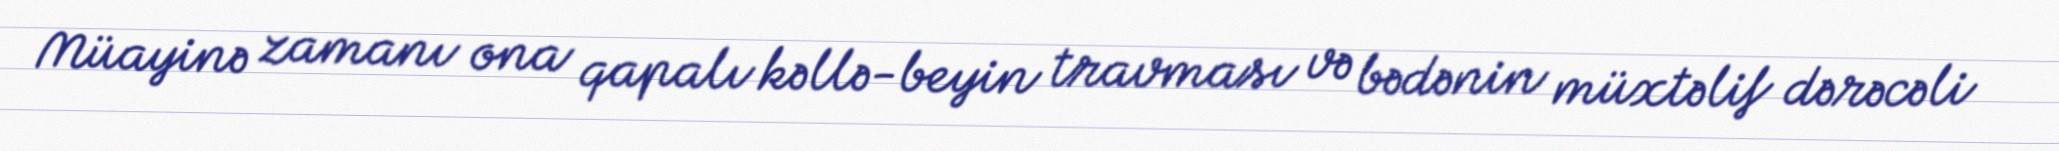
Müayinə zamanı ona qapalı kəllə-beyin travması və bədənin müxtəlif dərəcəli